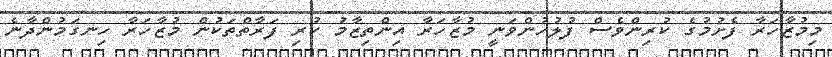
މިމުޒާހަރާ ފެށުމުގެ ކުރިންވެސް ފުލުހުންވަނީ މުޒާހަރާ އިންތިޒާމު ކުރި ފަރާތްތަކުން މުޒާހަރާ ހިނގަމުންދާނެ